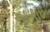
અકળાઇ